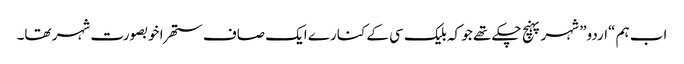
اب ہم “اردو” شہر پہنچ چکے تھے جو کہ بلیک سی کے کنارے ایک صاف ستھرا خوبصورت شہر تھا۔